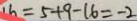
1 h = 5 + 9 - 1 6 = - 2